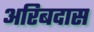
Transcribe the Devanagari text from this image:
अरिबदास